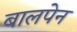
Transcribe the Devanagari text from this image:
बालपेन